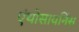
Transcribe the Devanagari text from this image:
एंथोसायनिंस